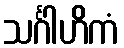
သင်္ဂါဟိကံ